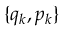
\{ q _ { k } , p _ { k } \}